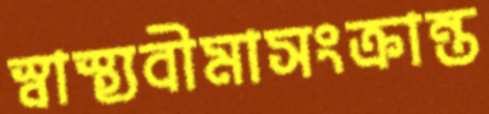
স্বাস্থ্যবীমাসংক্রান্ত